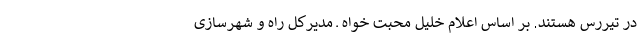
در تیررس هستند. بر اساس اعلام خلیل محبت خواه ـ مدیرکل راه و شهرسازی